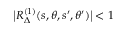
\big | R _ { \Delta } ^ { ( 1 ) } ( s , \theta , s ^ { \prime } , \theta ^ { \prime } ) \big | < 1